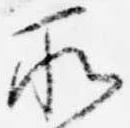
所